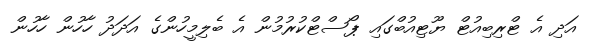
އަދި އެ ޓްރިބިއުޓް ޔޫޓިއުބްގައި ޕޯސްޓްކުރުމުން އެ ބެލިމީހުންގެ އަދަދު ހާހުން ހާހުން